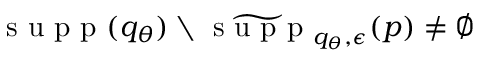
\textrm { s u p p } ( q _ { \theta } ) \setminus \widetilde { \textrm { s u p p } } _ { q _ { \theta } , \epsilon } ( p ) \ne \emptyset